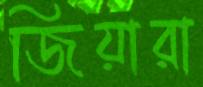
জিয়ারা